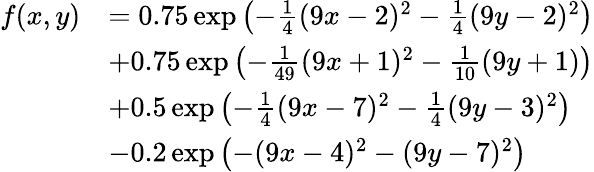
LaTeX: \begin{array}{rl}{f(x,y)}&{=0.75\exp\left(-\frac{1}{4}(9x-2)^{2}-\frac{1}{4}(9y-2)^{2}\right)}\\ &{+0.75\exp\left(-\frac{1}{49}(9x+1)^{2}-\frac{1}{10}(9y+1)\right)}\\ &{+0.5\exp\left(-\frac{1}{4}(9x-7)^{2}-\frac{1}{4}(9y-3)^{2}\right)}\\ &{-0.2\exp\left(-(9x-4)^{2}-(9y-7)^{2}\right)}\end{array}